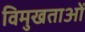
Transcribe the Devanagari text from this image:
विमुखताओं